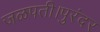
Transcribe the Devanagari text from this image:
जळपती।पुरंदर